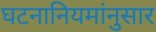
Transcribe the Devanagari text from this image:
घटनानियमांनुसार